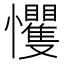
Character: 戄